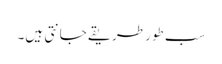
سب طور طریقے جانتی ہیں۔